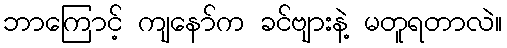
ဘာကြောင့် ကျနော်က ခင်ဗျားနဲ့ မတူရတာလဲ။